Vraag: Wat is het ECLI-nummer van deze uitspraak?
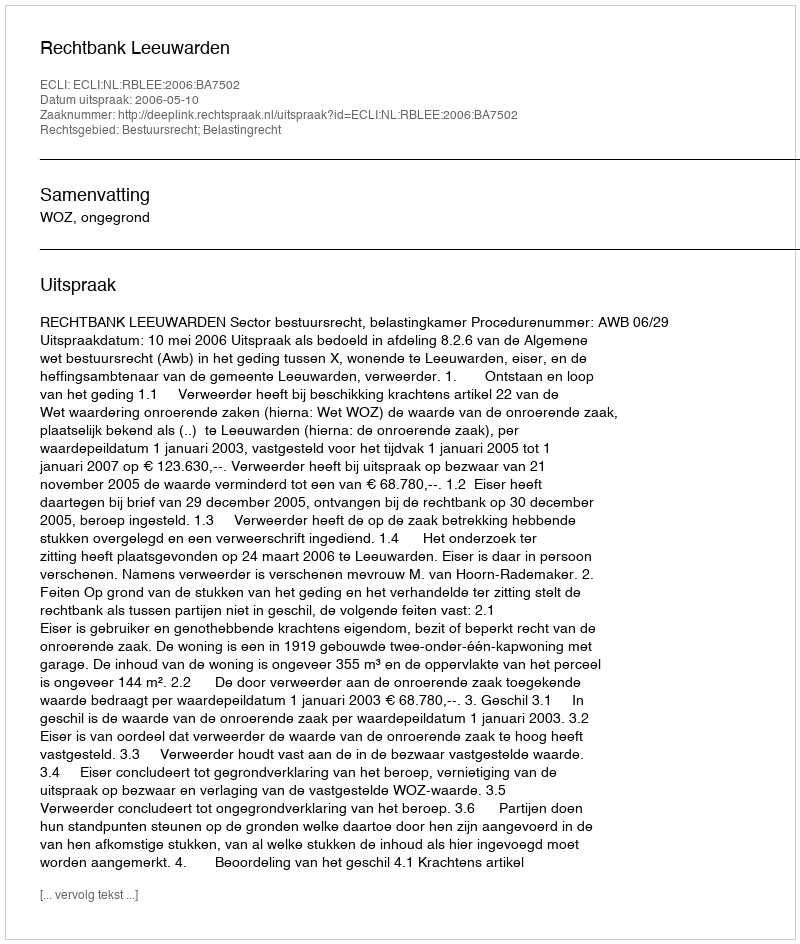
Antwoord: ECLI:NL:RBLEE:2006:BA7502